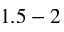
1 . 5 - 2